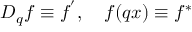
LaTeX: D _ { q } f \equiv f ^ { ^ { \prime } } , \quad f ( q x ) \equiv f ^ { \ast }